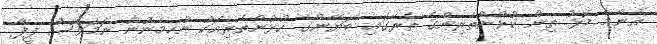
އެންމެ މޮޅު ތިން ކުޅުންތެރިންގެ ތެރޭގައި ބަޔާންގެ ކުޅުންތެރިއަކު ނުހިމެނުނު ނަމަވެސް ފީފާ